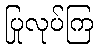
ပြုလုပ်ကြ